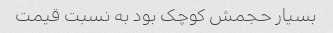
بسیار حجمش کوچک بود به نسبت قیمت